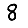
Digit: 8